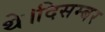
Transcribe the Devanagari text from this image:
थे।दिसम्बर